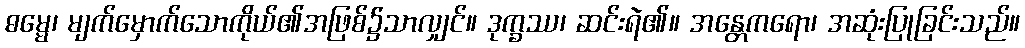
ဓမ္မေ၊ မျက်မှောက်သောကိုယ်၏အဖြစ်၌သာလျှင်။ ဒုက္ခဿ၊ ဆင်းရဲ၏။ အန္တေကရော၊ အဆုံးပြုခြင်းသည်။